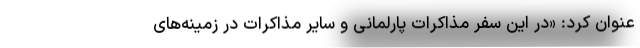
عنوان کرد: «در این سفر مذاکرات پارلمانی و سایر مذاکرات در زمینه‌های